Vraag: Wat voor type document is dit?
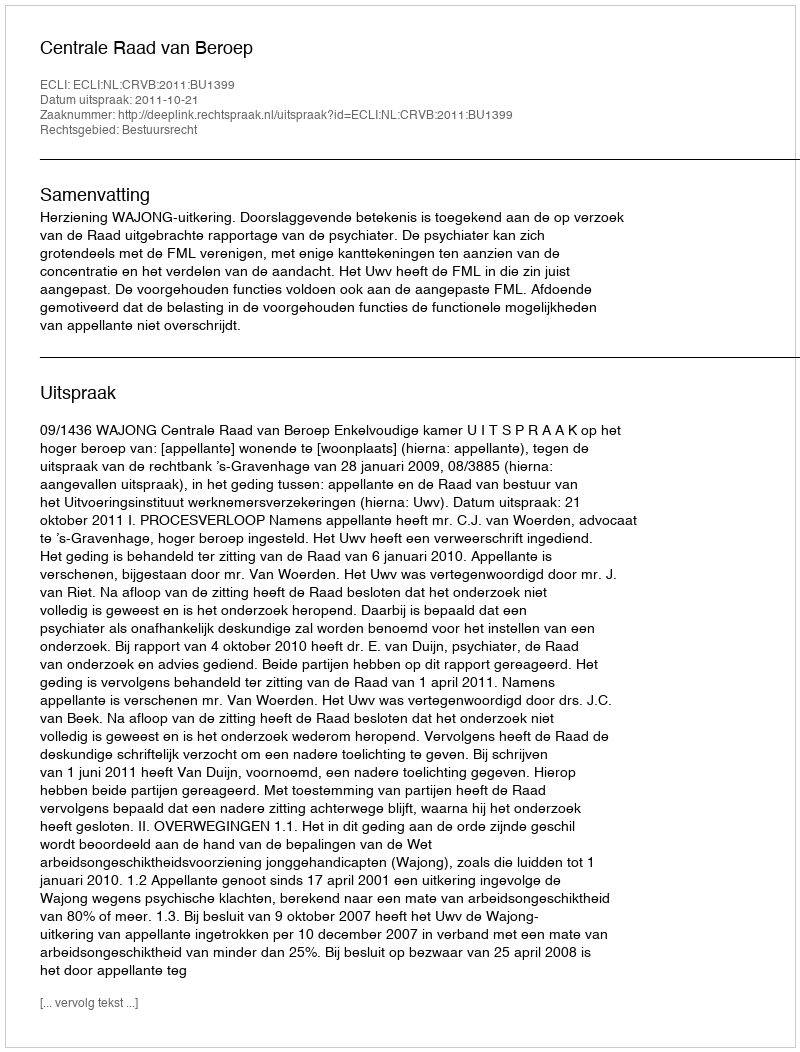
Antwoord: Uitspraak